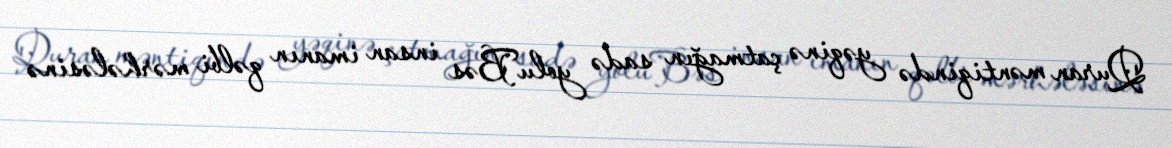
Quran məntiqində yəqinə çatmağın sadə yoluBəs insan imanın qəlbi mərhələsinə